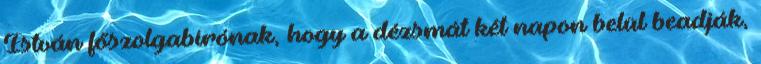
István főszolgabírónak, hogy a dézsmát két napon belül beadják,